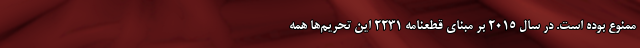
ممنوع بوده است. در سال ۲۰۱۵ بر مبنای قطعنامه ۲۲۳۱ این تحریم‌ها همه